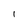
Character: 1